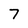
Character: 7